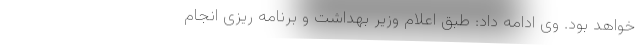
خواهد بود. وی ادامه داد: طبق اعلام وزیر بهداشت و برنامه ریزی انجام